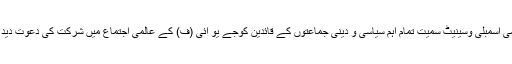
اوریا مقبول جان مولانا فضل الرحمن نے وزیر اعظم ‘اپوزیشن لیڈر قومی اسمبلی وسینیٹ سمیت تمام اہم سیاسی و دینی جماعتوں کے قائدین کوجے یو آئی (ف) کے عالمی اجتماع میں شرکت کی دعوت دید ی ، اجتماع .. پانامہ کے فیصلے پر ن لیگ اپنی ساکھ کھو بیٹھے گی۔